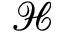
\mathcal { H }